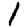
Digit: 1